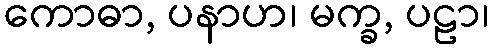
ကောဓာ, ပနာဟ၊ မက္ခ, ပဠာ၊